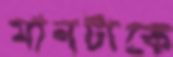
মানটাকে